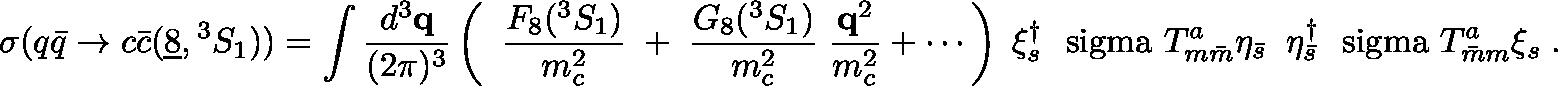
\sigma ( q \bar { q } \to c \bar { c } ( \underline { { { 8 } } } , { } ^ { 3 } S _ { 1 } ) ) = \int \frac { d ^ { 3 } { \bf q } } { ( 2 \pi ) ^ { 3 } } \left( \; \; \frac { F _ { 8 } ( { } ^ { 3 } S _ { 1 } ) } { m _ { c } ^ { 2 } } \; + \; \frac { G _ { 8 } ( { } ^ { 3 } S _ { 1 } ) } { m _ { c } ^ { 2 } } \; \frac { { \bf q } ^ { 2 } } { m _ { c } ^ { 2 } } + \cdots \right) \; \xi _ { s } ^ { \dagger } \mathrm { \boldmath ~ \ s i g m a ~ } T _ { m \bar { m } } ^ { a } \eta _ { \bar { s } } \; \; \eta _ { \bar { s } } ^ { \dagger } \mathrm { \boldmath ~ \ s i g m a ~ } T _ { \bar { m } m } ^ { a } \xi _ { s } \; .